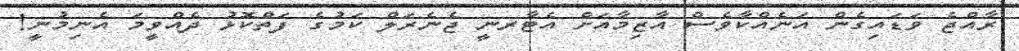
ރާއްޖެ ވަޑައިގެން އަނެއްކާވެސް އާޒިމާއަށް އެޓާރނީ ޖެނެރަލް ކަމުގެ ފަތްކޮޅު ދެއްވީމަ އެނިމުނީ!